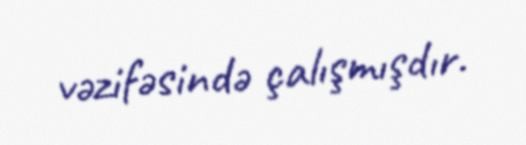
vəzifəsində çalışmışdır.